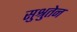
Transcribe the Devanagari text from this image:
सुश्रुतेन